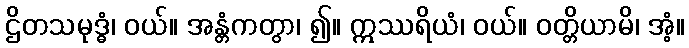
ဌိတသမုဒ္ဓံ၊ ဝယ်။ အန္တံကတွာ၊ ၍။ ဣဿရိယံ၊ ဝယ်။ ဝတ္တိယာမိ၊ အံ့။